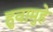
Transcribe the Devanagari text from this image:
हुवामुहे